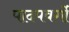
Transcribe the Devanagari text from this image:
पादपवर्गो